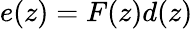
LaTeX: e(z)=F(z)d(z)